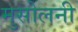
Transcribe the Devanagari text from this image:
मुसोलनी